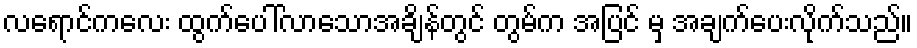
လရောင်ကလေး ထွက်ပေါ်လာသောအချိန်တွင် တွမ်က အပြင် မှ အချက်ပေးလိုက်သည်။